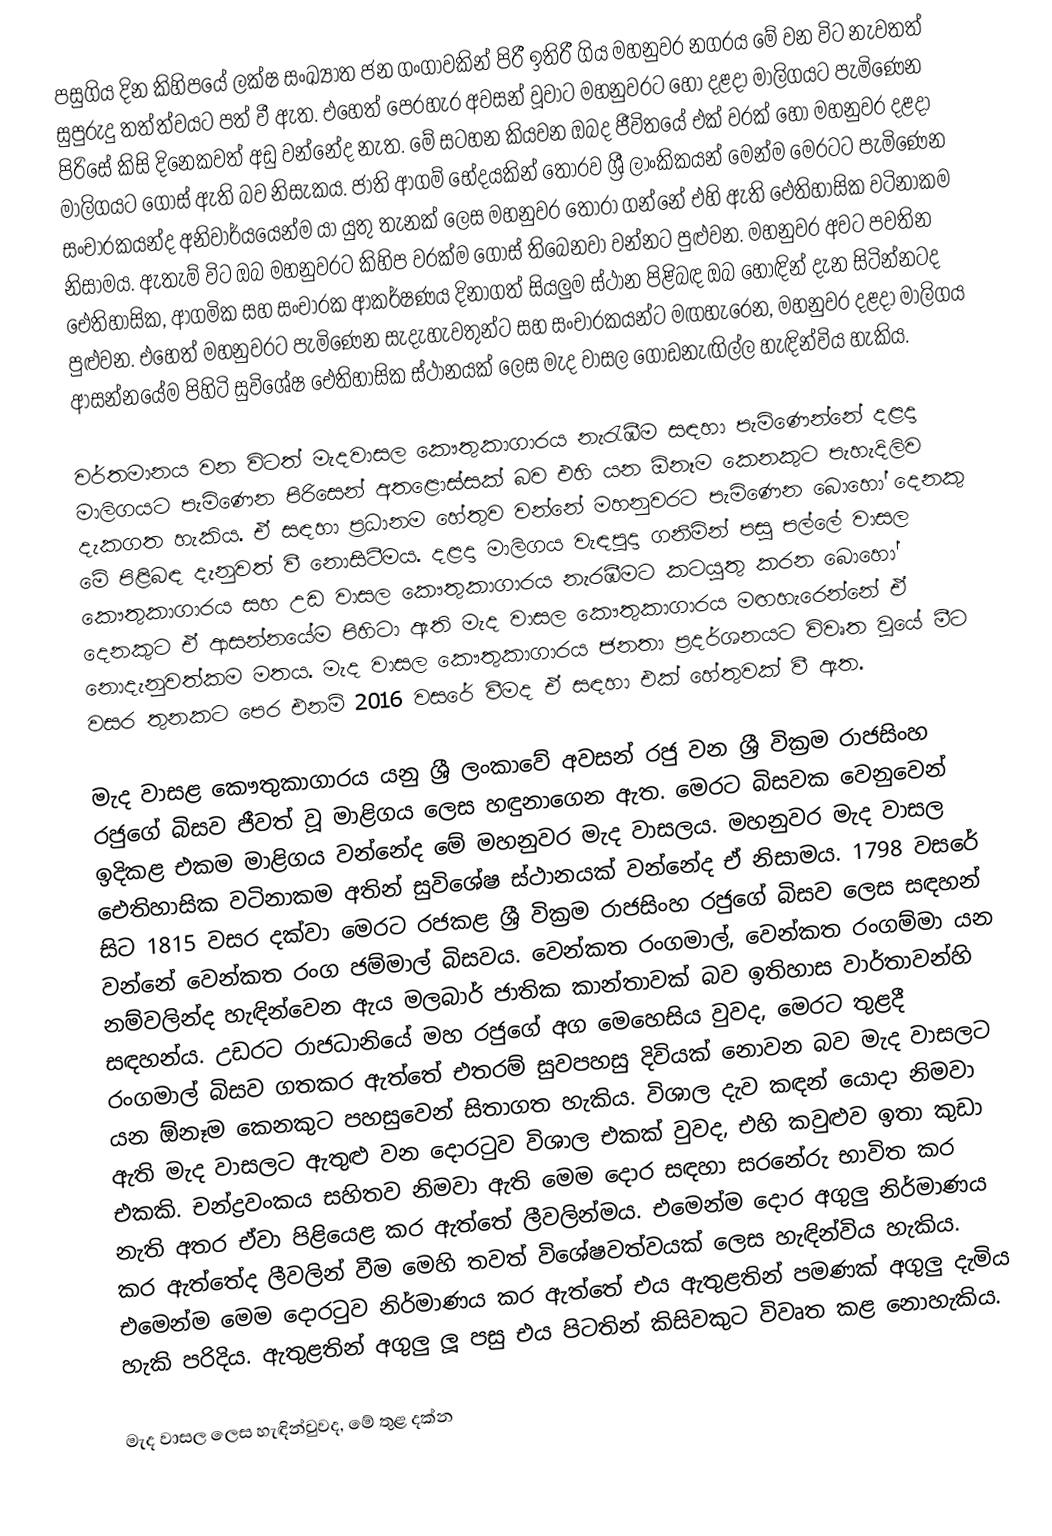
පසුගිය දින කිහිපයේ ලක්ෂ සංඛ්‍යාත ජන ගංගාවකින් පිරී ඉතිරී ගිය මහනුවර නගරය මේ වන විට නැවතත් සුපුරුදු තත්ත්වයට පත් වී ඇත. එහෙත් පෙරහැර අවසන් වූවාට මහනුවරට හෝ දළදා මාලිගයට පැමිණෙන පිරිසේ කිසි දිනෙකවත් අඩු වන්නේද නැත. මේ සටහන කියවන ඔබද ජීවිතයේ එක් වරක් හෝ මහනුවර දළදා මාලිගයට ගොස් ඇති බව නිසැකය. ජාති ආගම් භේදයකින් තොරව ශ්‍රී ලාංකිකයන් මෙන්ම මෙරටට පැමිණෙන සංචාරකයන්ද අනිවාර්යයෙන්ම යා යුතු තැනක් ලෙස මහනුවර තෝරා ගන්නේ එහි ඇති ඓතිහාසික වටිනාකම නිසාමය. ඇතැම් විට ඔබ මහනුවරට කිහිප වරක්ම ගොස් තිබෙනවා වන්නට පුළුවන. මහනුවර අවට පවතින ඓතිහාසික, ආගමික සහ සංචාරක ආකර්ෂණය දිනාගත් සියලුම ස්ථාන පිළිබඳ ඔබ හොඳින් දැන සිටින්නටද පුළුවන. එහෙත් මහනුවරට පැමිණෙන සැදැහැවතුන්ට සහ සංචාරකයන්ට මඟහැරෙන, මහනුවර දළදා මාලිගය ආසන්නයේම පිහිටි සුවිශේෂ ඓතිහාසික ස්ථානයක් ලෙස මැද වාසල ගොඩනැඟිල්ල හැඳින්විය හැකිය.

වර්තමානය වන විටත් මැදවාසල කෞතුකාගාරය නැරැඹීම සඳහා පැමිණෙන්නේ දළදා මාලිගයට පැමිණෙන පිරිසෙන් අතළොස්සක් බව එහි යන ඕනෑම කෙනකුට පැහැදිලිව දැකගත හැකිය. ඒ සඳහා ප්‍රධානම හේතුව වන්නේ මහනුවරට පැමිණෙන බොහෝ දෙනකු මේ පිළිබඳ දැනුවත් වී නොසිටීමය. දළදා මාලිගය වැඳපුදා ගනිමින් පසු පල්ලේ වාසල කෞතුකාගාරය සහ උඩ වාසල කෞතුකාගාරය නැරඹීමට කටයුතු කරන බොහෝ දෙනකුට ඒ ආසන්නයේම පිහිටා ඇති මැද වාසල කෞතුකාගාරය මඟහැරෙන්නේ ඒ නොදැනුවත්කම මතය. මැද වාසල කෞතුකාගාරය ජනතා ප්‍රදර්ශනයට විවෘත වූයේ මීට වසර තුනකට පෙර එනම් 2016 වසරේ වීමද ඒ සඳහා එක් හේතුවක් වී ඇත.

මැද වාසළ කෞතුකාගාරය යනු ශ්‍රී ලංකාවේ අවසන් රජු වන ශ්‍රී වික්‍රම රාජසිංහ රජුගේ බිසව ජීවත් වූ මාළිගය ලෙස හඳුනාගෙන ඇත. මෙරට බිසවක වෙනුවෙන් ඉදිකළ එකම මාළිගය වන්නේද මේ මහනුවර මැද වාසලය. මහනුවර මැද වාසල ඓතිහාසික වටිනාකම අතින් සුවිශේෂ ස්ථානයක් වන්නේද ඒ නිසාමය. 1798 වසරේ සිට 1815 වසර දක්වා මෙරට රජකළ ශ්‍රී වික්‍රම රාජසිංහ රජුගේ බිසව ලෙස සඳහන් වන්නේ වෙන්කත රංග ජම්මාල් බිසවය. වෙන්කත රංගමාල්, වෙන්කත රංගම්මා යන නම්වලින්ද හැඳින්වෙන ඇය මලබාර් ජාතික කාන්තාවක් බව ඉතිහාස වාර්තාවන්හි සඳහන්ය. උඩරට රාජධානියේ මහ රජුගේ අග මෙහෙසිය වුවද, මෙරට තුළදී රංගමාල් බිසව ගතකර ඇත්තේ එතරම් සුවපහසු දිවියක් නොවන බව මැද වාසලට යන ඕනෑම කෙනකුට පහසුවෙන් සිතාගත හැකිය. විශාල දැව කඳන් යොදා නිමවා ඇති මැද වාසලට ඇතුළු වන දොරටුව විශාල එකක් වුවද, එහි කවුළුව ඉතා කුඩා එකකි. චන්ද්‍රවංකය සහිතව නිමවා ඇති මෙම දොර සඳහා සරනේරු භාවිත කර නැති අතර ඒවා පිළියෙළ කර ඇත්තේ ලීවලින්මය. එමෙන්ම දොර අගුලු නිර්මාණය කර ඇත්තේද ලීවලින් වීම මෙහි තවත් විශේෂවත්වයක් ලෙස හැඳින්විය හැකිය. එමෙන්ම මෙම දොරටුව නිර්මාණය කර ඇත්තේ එය ඇතුළතින් පමණක් අගුලු දැමිය හැකි පරිදිය. ඇතුළතින් අගුලු ලූ පසු එය පිටතින් කිසිවකුට විවෘත කළ නොහැකිය.

මැද වාසල ලෙස හැඳින්වුවද, මේ තුළ දක්න